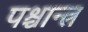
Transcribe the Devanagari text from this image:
पश्चान्त्र